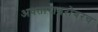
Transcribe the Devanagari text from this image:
अवताराबरोबरच